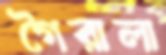
গৈরালা